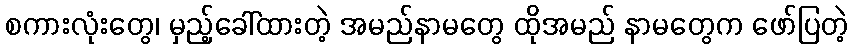
စကားလုံးတွေ၊ မှည့်ခေါ်ထားတဲ့ အမည်နာမတွေ ထိုအမည် နာမတွေက ဖော်ပြတဲ့